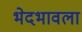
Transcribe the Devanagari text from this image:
भेदभावला